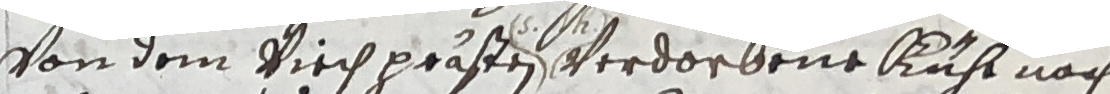
von dem kirchprästen verdorbene buh nach